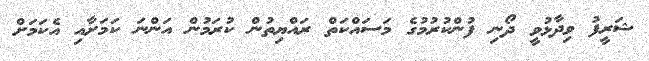
ޝަރީފު ވިދާޅުވީ ދޯނި ފުންކުރުމުގެ މަސައްކަތް ރައްޔިތުން ކުރަމުން އަންނަ ކަމަށާއި އެކަމަށް